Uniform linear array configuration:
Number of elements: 24
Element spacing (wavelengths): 0.75
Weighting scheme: cosine
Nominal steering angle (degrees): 45
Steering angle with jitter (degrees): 46.077
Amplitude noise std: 0.05
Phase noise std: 0.05

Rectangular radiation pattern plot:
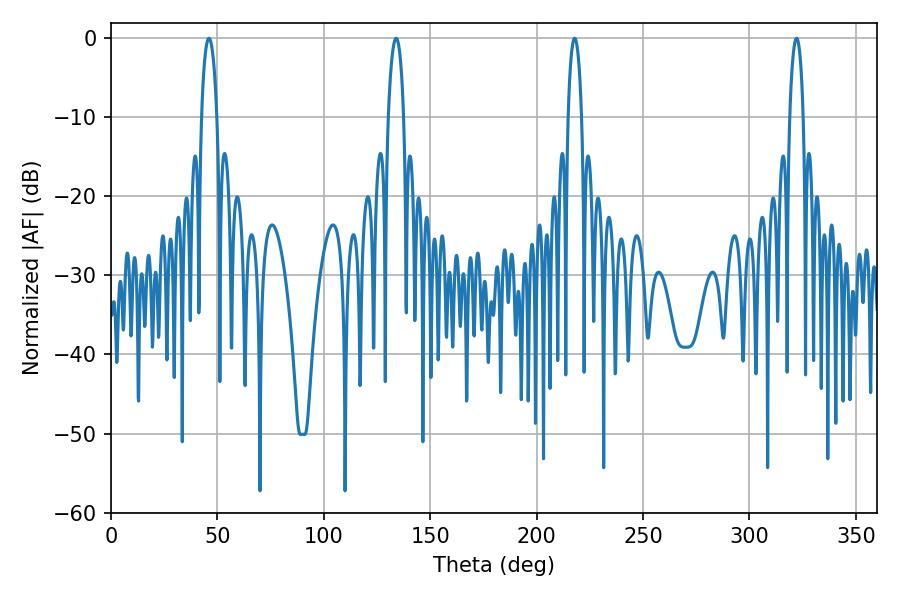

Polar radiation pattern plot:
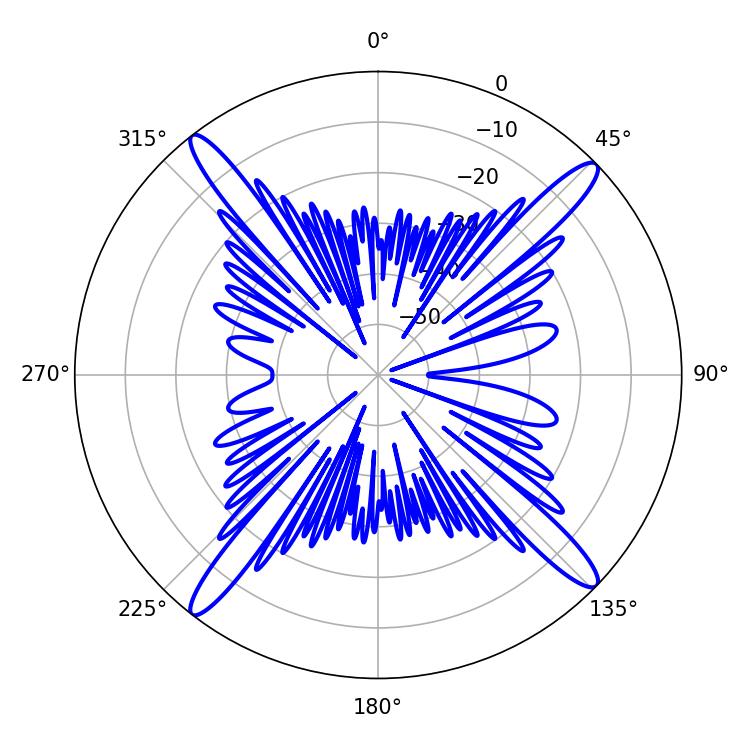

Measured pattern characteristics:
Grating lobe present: TRUE
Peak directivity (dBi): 18.354
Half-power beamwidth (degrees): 3.96
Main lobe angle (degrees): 133.92